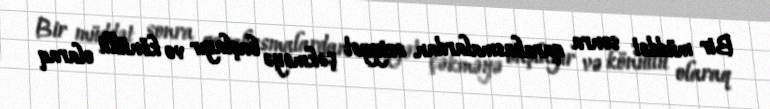
Bir müddət sonra qarabasmalardan əziyyət çəkməyə başlayır və könüllü olaraq